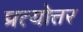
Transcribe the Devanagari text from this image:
प्रत्योत्तर